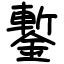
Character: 鏨